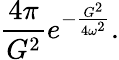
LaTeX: \frac{4\pi}{G^{2}}e^{-\frac{G^{2}}{4\omega^{2}}}.